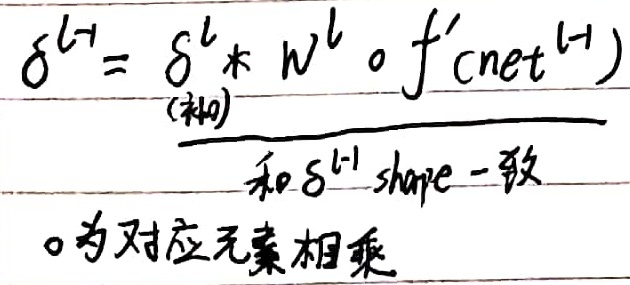
\[
\delta^{l - 1}=\underbrace{\delta^{l} * W^{l} \circ f^{\prime}(\text{net}^{l - 1})}_{(补0),和\(\delta^{l - 1}\) shape一致}
\]